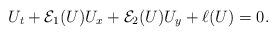
LaTeX: \begin{align*}U_t + \mathcal{E}_1(U)U_x + \mathcal{E}_2(U)U_y + \ell(U) = 0.\end{align*}